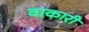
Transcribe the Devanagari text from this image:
वाकारी